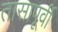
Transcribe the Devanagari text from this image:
तासापूर्वी